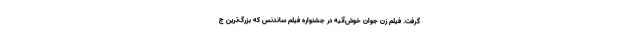
گرفت. فیلم زن جوان خوش‌آتیه در جشنواره فیلم ساندنس که بزرگ‌ترین ج